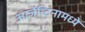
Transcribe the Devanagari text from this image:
आर्जेन्टिनामध्ये